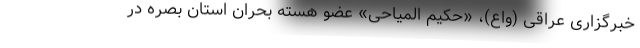
خبرگزاری عراقی (واع)، «حکیم المیاحی» عضو هسته بحران استان بصره در